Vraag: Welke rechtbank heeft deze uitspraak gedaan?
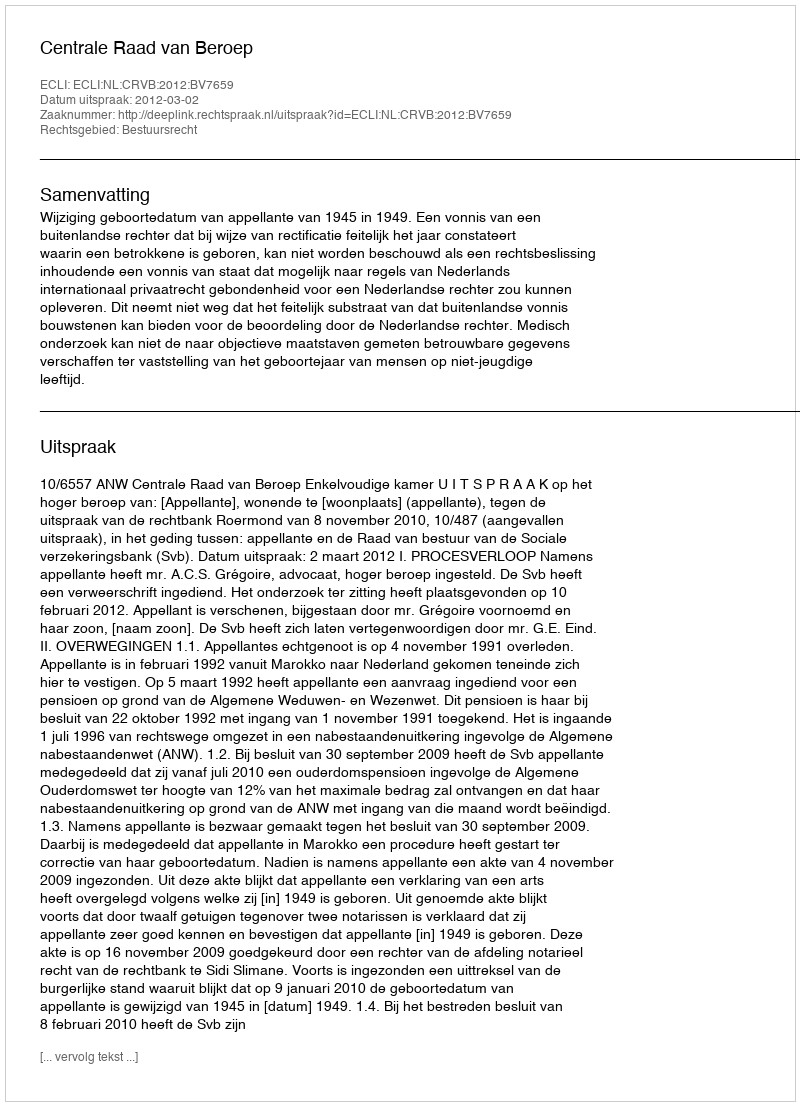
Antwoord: Centrale Raad van Beroep